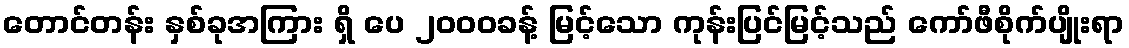
တောင်တန်း နှစ်ခုအကြား ရှိ ပေ ၂၀၀၀ခန့် မြင့်သော ကုန်းပြင်မြင့်သည် ကော်ဖီစိုက်ပျိုးရာ